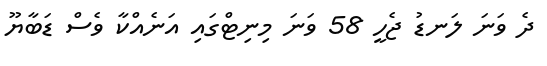
ދެ ވަނަ ލަނޑު ޖެހީ 58 ވަނަ މިނިޓްގައި އަނެއްކާ ވެސް ޑަބާޔޫ